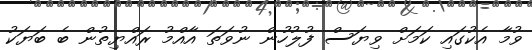
ވުމާ އެކުގައި ކަމަށް ވިޔަސް ފުލުހުން ނުވަތަ އާއްމު ރައްޔިތުން ބެ ބަޔަކު